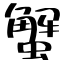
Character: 蟹